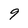
Character: 9